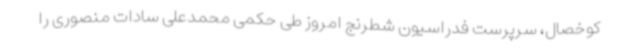
کوخصال، سرپرست فدراسیون شطرنج امروز طی حکمی محمدعلی سادات منصوری را